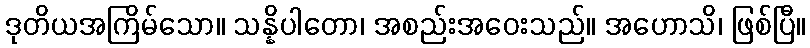
ဒုတိယအကြိမ်သော။ သန္နိပါတော၊ အစည်းအဝေးသည်။ အဟောသိ၊ ဖြစ်ပြီ။